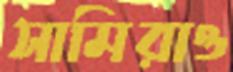
সামিরাও